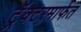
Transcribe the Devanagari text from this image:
ट्रॅक्टरमार्फत